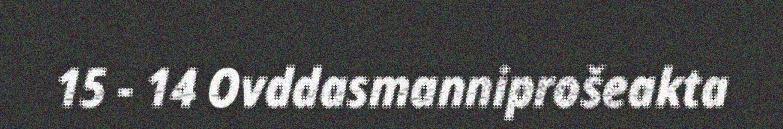
15 - 14 Ovddasmanniprošeakta